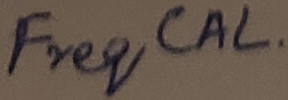
Text: Freq CAL.